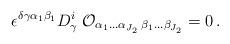
LaTeX: \begin{align*} \epsilon^{\delta\gamma\alpha_1\beta_1} D^i_\gamma\; {\cal O}_{\alpha_1\ldots\alpha_{J_2}\; \beta_1\ldots\beta_{J_2}} = 0\,.\end{align*}